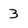
Character: 3